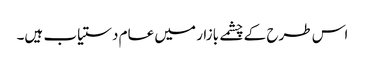
اس طرح کے چشمے بازار میں عام دستیاب ہیں۔